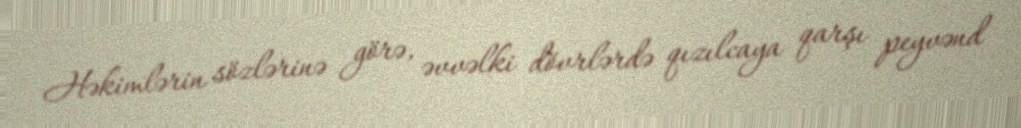
Həkimlərin sözlərinə görə, əvvəlki dövrlərdə qızılcaya qarşı peyvənd